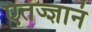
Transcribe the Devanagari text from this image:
एतज्ज्ञानं